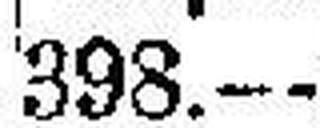
398.—